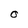
Character: O